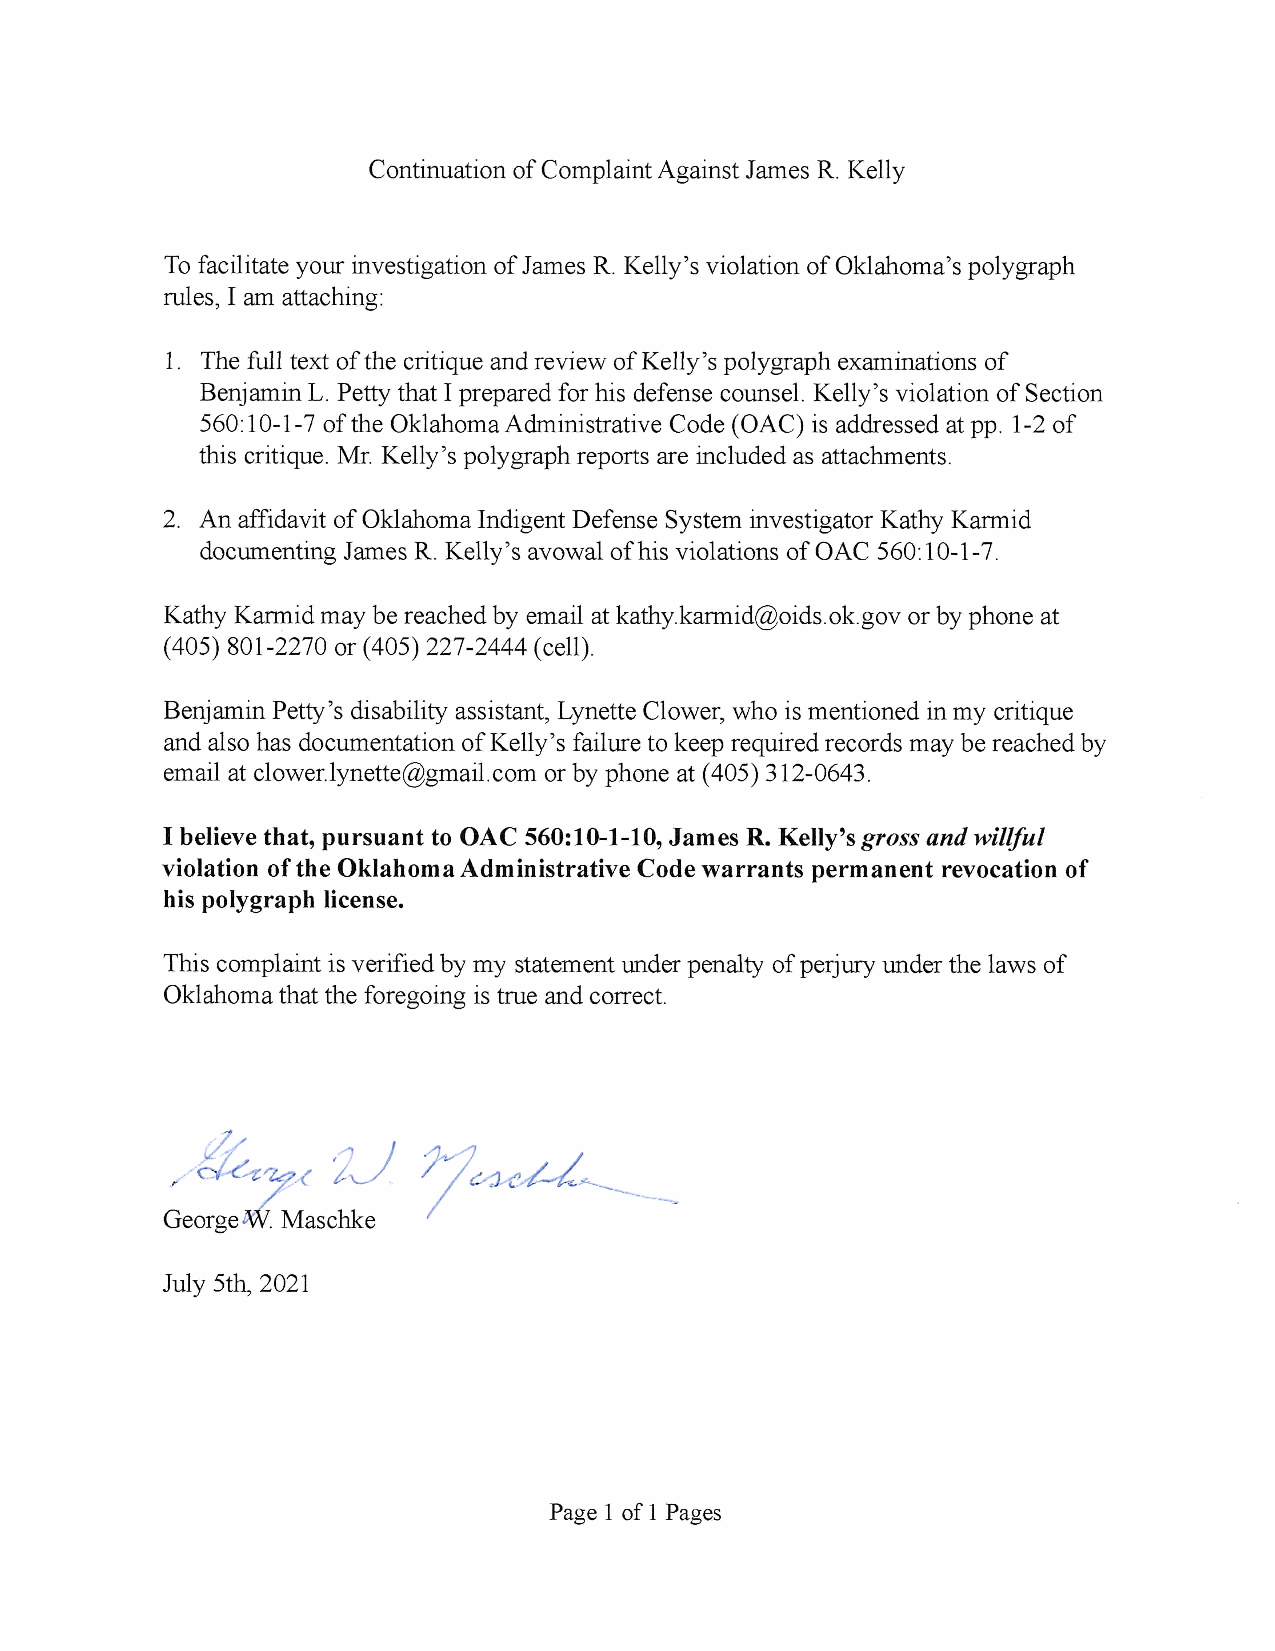
Continuation of Complaint Against James R. Kelly
 To facilitate your investigation of James R. Kelly's violation of Oklahoma's polygraph
 rules, I an attaching:
 1. The full text of the critique and review of Kelly's polygraph examinations of
 Benjamin L. Petty that I prepared for his defense counsel. Kelly's violation of Section
 560: 10-1 -7 of the Oklahoma Administrative Code (OAC) is addressed at pp. 1 -2 of
 this critique. Mr. Kelly's polygraph reports are included as attachments.
 2. An affidavit of Oklahoma Indigent Defense System investigator Kathy Karmid
 documenting James R. Kelly's avowal of his violations of OAC 560: 10-1 -7.
 Kathy Karmid may be reached by email at kathy.karmid@oids.ok.gov or by phone at
 (405) 801-2270 or (405) 227-2444 (cell).
 Benjamin Petty 's disability assistant, Lynette Clower, who is mentioned in my critique
 and also has documentation of Kelly's failure to keep required records may be reached by
 email at clower.1ynette@gmail.com or by phone at (405) 312-0643.
 I believe that, pursuant to OAC 560:10-1-10, James R. Kelly's gross ¢#d "./J/w/
 violation of the Oklahoma Administrative Code warrants permanent revocation of
 his polygraph license.
 This complaint is verified by my statement under penalty of perjury under the laws of
 Oklahoma that the foregoing is true and correct.
 /7,
 7I ,G3 3,b,-/&>--
 it -c,,trc±7, -€
 GeorgerfMaschke
 July 5th, 2021
 Page 1 of 1 Pages